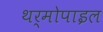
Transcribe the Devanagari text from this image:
थर्मोपाइल